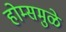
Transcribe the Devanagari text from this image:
होम्समुळे